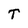
Character: T